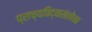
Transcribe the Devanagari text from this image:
प्राच्यविद्यासंशोधक